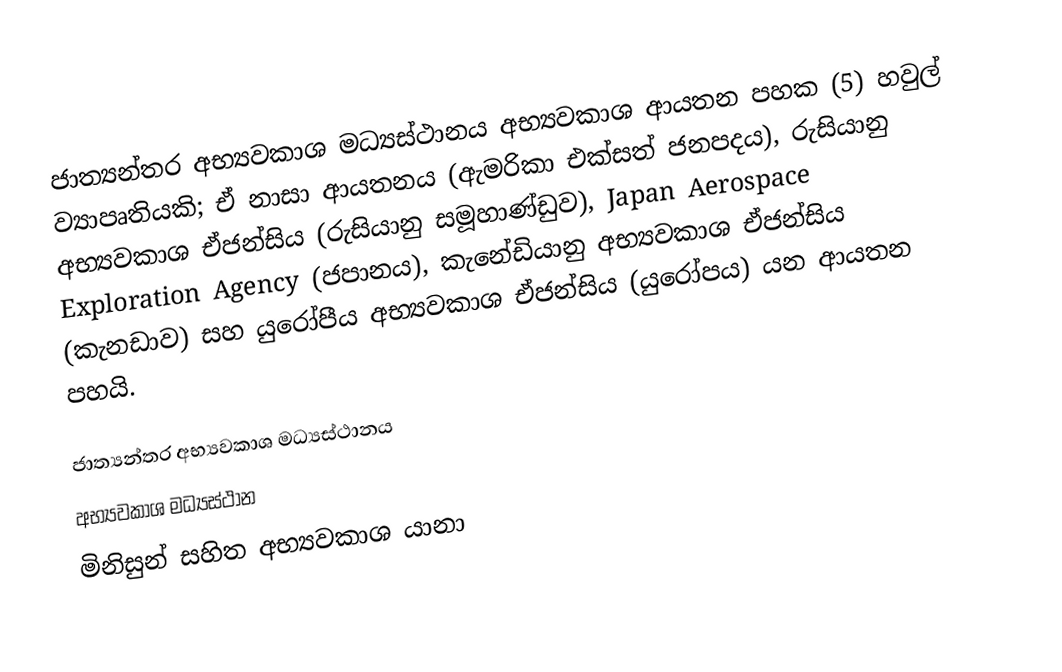
ජාත්‍යන්තර අභ්‍යවකාශ මධ්‍යස්ථානය අභ්‍යවකාශ ආයතන පහක (5) හවුල් ව්‍යාපෘතියකි; ඒ නාසා ආයතනය (ඇමරිකා එක්සත් ජනපදය), රුසියානු අභ්‍යවකාශ ඒජන්සිය (රුසියානු සමූහාණ්ඩුව), Japan Aerospace Exploration Agency (ජපානය), කැනේඩියානු අභ්‍යවකාශ ඒජන්සිය (කැනඩාව) සහ යුරෝපීය අභ්‍යවකාශ ඒජන්සිය (යුරෝපය) යන ආයතන පහයි.

ජාත්‍යන්තර අභ්‍යවකාශ මධ්‍යස්ථානය
අභ්‍යවකාශ මධ්‍යස්ථාන
මිනිසුන් සහිත අභ්‍යවකාශ යානා